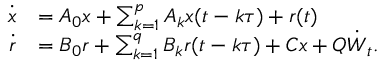
\begin{array} { r l } { \dot { \boldsymbol { x } } } & { = \boldsymbol { A } _ { 0 } \boldsymbol { x } + \sum _ { k = 1 } ^ { p } \boldsymbol { A } _ { k } \boldsymbol { x } ( t - k \tau ) + \boldsymbol { r } ( t ) } \\ { \dot { \boldsymbol { r } } } & { = \boldsymbol { B } _ { 0 } \boldsymbol { r } + \sum _ { k = 1 } ^ { q } \boldsymbol { B } _ { k } \boldsymbol { r } ( t - k \tau ) + \boldsymbol { C } \boldsymbol { x } + \boldsymbol { Q } \dot { { \boldsymbol { W } } } _ { t } . } \end{array}